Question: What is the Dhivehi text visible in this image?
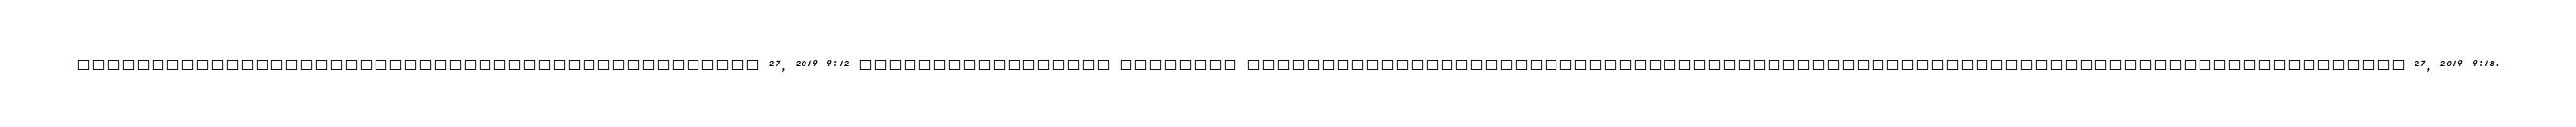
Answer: ?????????????????????????????????????????????? 27, 2019 9:12 ????????????????? ???????? ?????????????????????????????????????????????????????????????????????????????? 27, 2019 9:18.